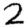
Digit: 2